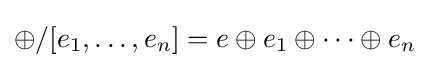
\oplus /[e_{1},\dots ,e_{n}]=e\oplus e_{1}\oplus \dots \oplus e_{n}